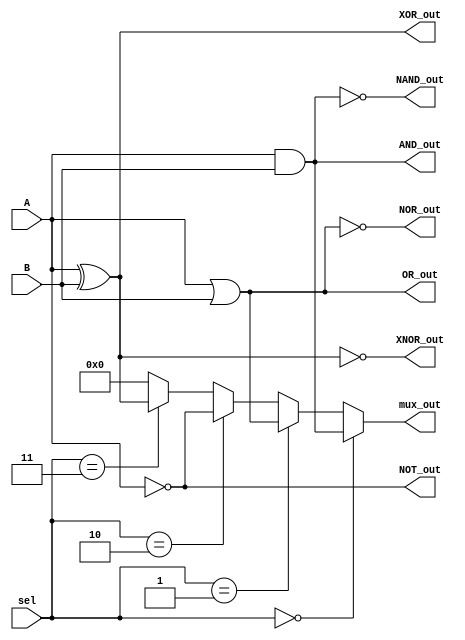
module combinational_logic_block (
    input [3:0] A,       // 4-bit input A
    input [3:0] B,       // 4-bit input B
    input [1:0] sel,     // Selector for multiplexer
    output [3:0] AND_out, // AND output
    output [3:0] OR_out,  // OR output
    output [3:0] NOT_out, // NOT output
    output [3:0] NAND_out, // NAND output
    output [3:0] NOR_out,  // NOR output
    output [3:0] XOR_out,  // XOR output
    output [3:0] XNOR_out, // XNOR output
    output [3:0] mux_out   // Multiplexer output
);

// Basic Logic Gates
assign AND_out = A & B;
assign OR_out = A | B;
assign NOT_out = ~A; // Assuming NOT only on A
assign NAND_out = ~(A & B);
assign NOR_out = ~(A | B);
assign XOR_out = A ^ B;
assign XNOR_out = ~(A ^ B);

// 4-to-1 Multiplexer
assign mux_out = (sel == 2'b00) ? AND_out :
                 (sel == 2'b01) ? OR_out :
                 (sel == 2'b10) ? NOT_out :
                 (sel == 2'b11) ? XOR_out : 4'b0000; // Default case

endmodule